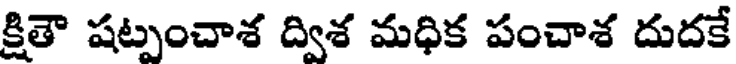
క్షితౌ షట్పంచాశ ద్విశ మధిక పంచాశ దుదకే